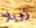
زويلا